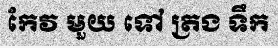
កែវ មួយ ទៅ ត្រង ទឹក